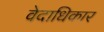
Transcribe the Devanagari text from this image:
वेदाधिकार